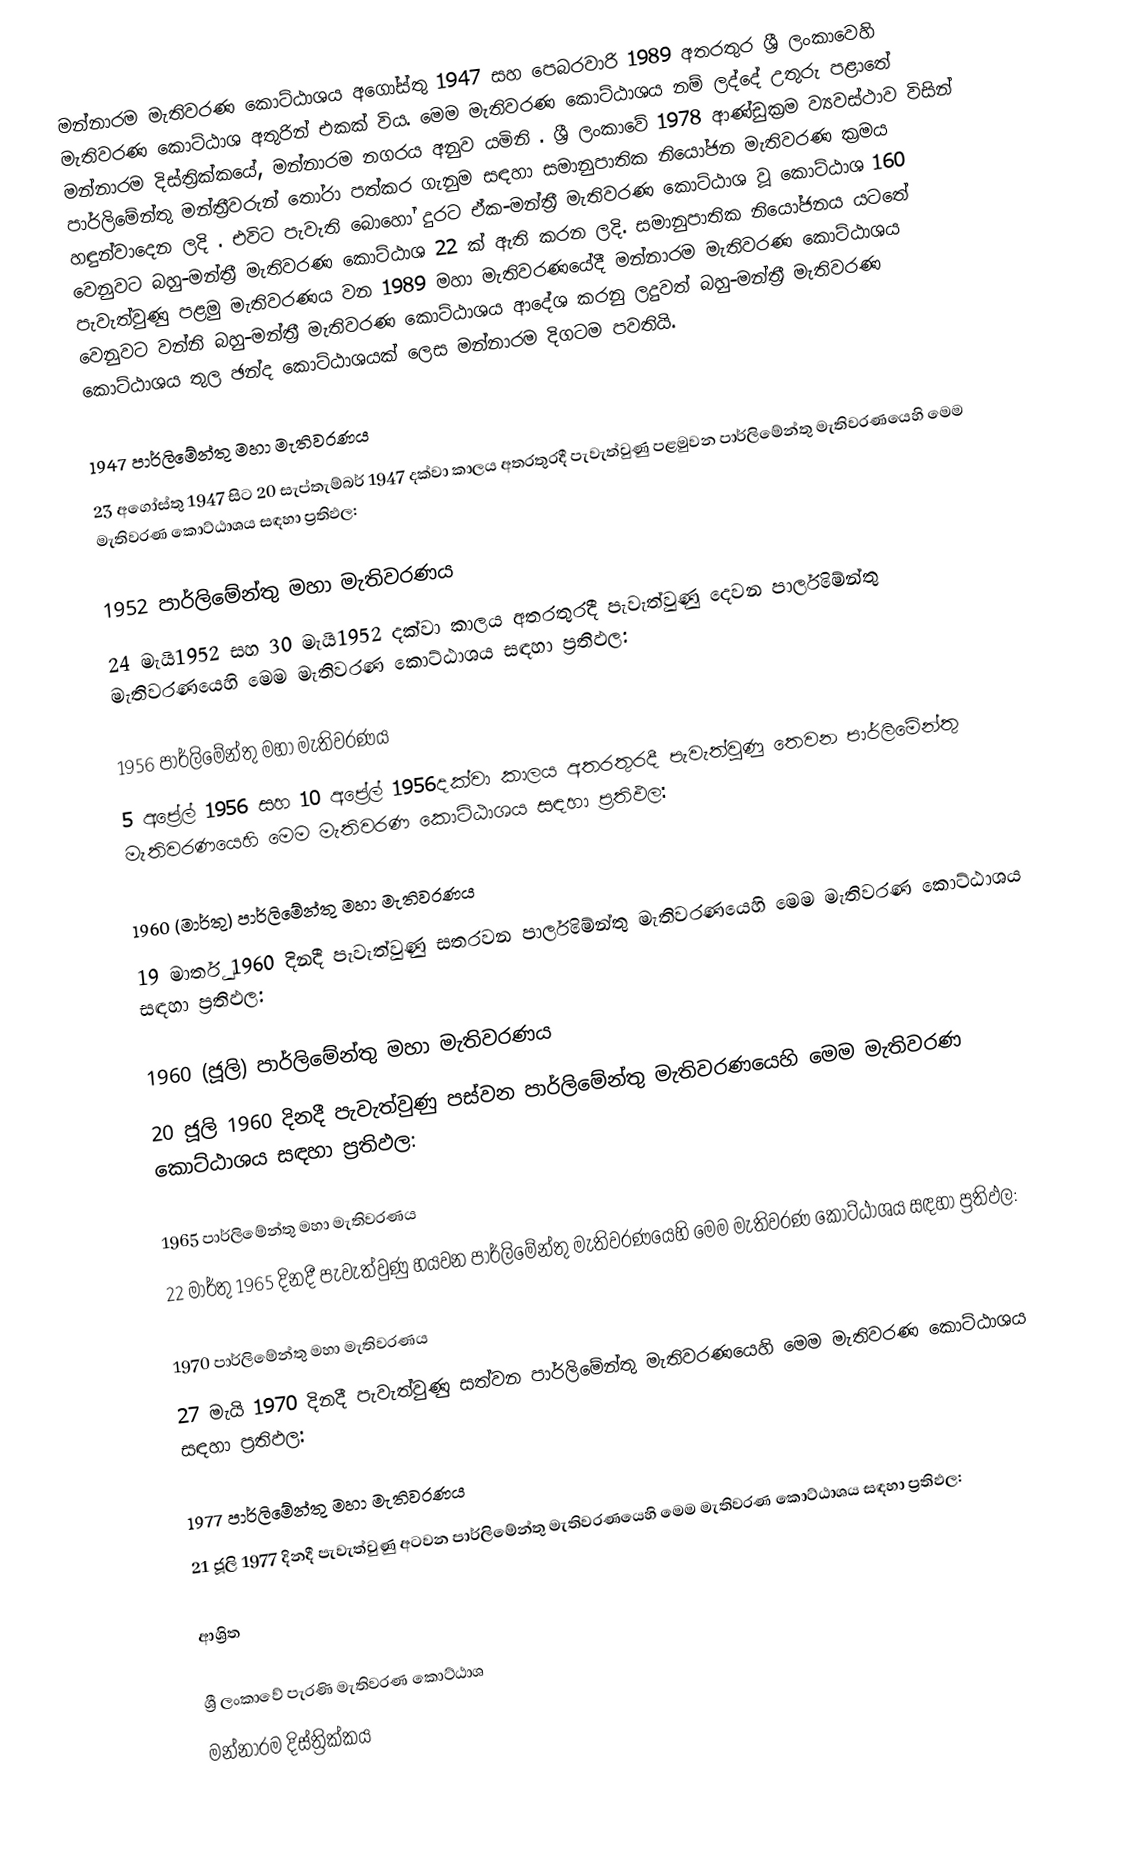
මන්නාරම මැතිවරණ කොට්ඨාශය  අගෝස්තු 1947 සහ පෙබරවාරි 1989 අතරතුර  ශ්‍රී ලංකාවෙහි  මැතිවරණ කොට්ඨාශ අතුරින් එකක් විය. මෙම මැතිවරණ කොට්ඨාශය නම් ලද්දේ උතුරු පළාතේ  මන්නාරම දිස්ත්‍රික්කයේ,  මන්නාරම නගරය අනුව යමිනි . ශ්‍රී ලංකාවේ 1978 ආණ්ඩුක්‍රම ව්‍යවස්ථාව විසින්   පාර්ලිමේන්තු මන්ත්‍රීවරුන් තෝරා පත්කර ගැනුම සඳහා සමානුපාතික නියෝජන මැතිවරණ ක්‍රමය හඳුන්වාදෙන ලදි . එවිට පැවැති බොහෝ දුරට  ඒක-මන්ත්‍රී මැතිවරණ කොට්ඨාශ වූ කොට්ඨාශ 160 වෙනුවට බහු-මන්ත්‍රී මැතිවරණ කොට්ඨාශ 22 ක් ඇති කරන ලදි. සමානුපාතික නියෝජනය යටතේ පැවැත්වුණු  පළමු මැතිවරණය වන 1989 මහා මැතිවරණයේදී  මන්නාරම මැතිවරණ කොට්ඨාශය වෙනුවට  වන්නි බහු-මන්ත්‍රී මැතිවරණ කොට්ඨාශය  ආදේශ කරනු ලදුවත් බහු-මන්ත්‍රී මැතිවරණ කොට්ඨාශය තුල ඡන්ද කොට්ඨාශයක් ලෙස මන්නාරම දිගටම පවතියි.

1947 පාර්ලිමේන්තු මහා මැතිවරණය
23 අගෝස්තු 1947 සිට 20 සැප්තැම්බර් 1947 දක්වා කාලය අතරතුරදී පැවැත්වුණු   පළමුවන පාර්ලිමේන්තු මැතිවරණයෙහි මෙම මැතිවරණ කොට්ඨාශය සඳහා ප්‍රතිඵල:

1952 පාර්ලිමේන්තු මහා මැතිවරණය
24 මැයි1952 සහ 30 මැයි1952 දක්වා කාලය අතරතුරදී පැවැත්වුණු   දෙවන පාර්ලිමේන්තු මැතිවරණයෙහි මෙම මැතිවරණ කොට්ඨාශය සඳහා ප්‍රතිඵල:

1956 පාර්ලිමේන්තු මහා මැතිවරණය
5 අප්‍රේල් 1956 සහ 10 අප්‍රේල් 1956දක්වා කාලය අතරතුරදී පැවැත්වුණු   තෙවන පාර්ලිමේන්තු මැතිවරණයෙහි මෙම මැතිවරණ කොට්ඨාශය සඳහා ප්‍රතිඵල:

1960 (මාර්තු) පාර්ලිමේන්තු මහා මැතිවරණය
19 මාර්තු 1960 දිනදී පැවැත්වුණු   සතරවන පාර්ලිමේන්තු මැතිවරණයෙහි මෙම මැතිවරණ කොට්ඨාශය සඳහා ප්‍රතිඵල:

1960 (ජූලි) පාර්ලිමේන්තු මහා මැතිවරණය
20 ජූලි 1960 දිනදී පැවැත්වුණු   පස්වන පාර්ලිමේන්තු මැතිවරණයෙහි මෙම මැතිවරණ කොට්ඨාශය සඳහා ප්‍රතිඵල:

1965 පාර්ලිමේන්තු මහා මැතිවරණය
22 මාර්තු 1965  දිනදී පැවැත්වුණු   හයවන පාර්ලිමේන්තු මැතිවරණයෙහි මෙම මැතිවරණ කොට්ඨාශය සඳහා ප්‍රතිඵල:

1970 පාර්ලිමේන්තු මහා මැතිවරණය
27 මැයි 1970 දිනදී පැවැත්වුණු   සත්වන පාර්ලිමේන්තු මැතිවරණයෙහි මෙම මැතිවරණ කොට්ඨාශය සඳහා ප්‍රතිඵල:

1977 පාර්ලිමේන්තු මහා මැතිවරණය
21 ජූලි 1977 දිනදී පැවැත්වුණු   අටවන පාර්ලිමේන්තු මැතිවරණයෙහි මෙම මැතිවරණ කොට්ඨාශය සඳහා ප්‍රතිඵල:

ආශ්‍රිත

ශ්‍රී ලංකාවේ පැරණි මැතිවරණ කොට්ඨාශ
මන්නාරම දිස්ත්‍රික්කය